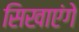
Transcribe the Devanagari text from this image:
सिखाएंगे